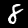
Label: 8